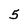
Character: 5